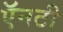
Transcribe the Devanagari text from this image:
ऍनटी